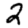
Digit: 2